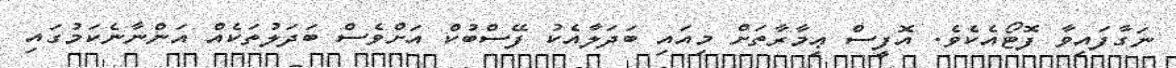
ނަގާފައިވާ ފޮޓޯއެކެވެ. އޮފީސް ޢިމާރާތަށް މިއައި ބަދަލާއެކު ފޭސްބުކް އަށްވެސް ބަދަލުތަކެއް އަންނާނެކަމުގައި